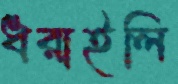
ধরাইলি